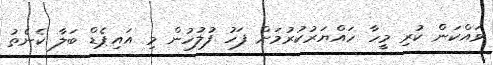
ވައްކަން ކުރި މީހާ ހައްޔަރުކުރުމަށް ފަހު ފުލުހުން މި އައިޕެޑް ބަލާ ކެނެތު